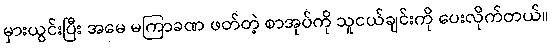
မှားယွင်းပြီး အမေ မကြာခဏ ဖတ်တဲ့ စာအုပ်ကို သူငယ်ချင်းကို ပေးလိုက်တယ်။